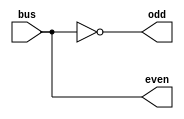
module lianxi03(bus,even,odd);
input	bus;
output	even,odd;
reg	even,odd;
always@(*)begin
	even = ^bus;
	odd  = ^~bus;
end
endmodule